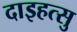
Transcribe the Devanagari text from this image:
दाइहत्सु